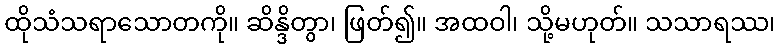
ထိုသံသရာသောတကို။ ဆိန္ဒိတွာ၊ ဖြတ်၍။ အထဝါ၊ သို့မဟုတ်။ သသာရဿ၊